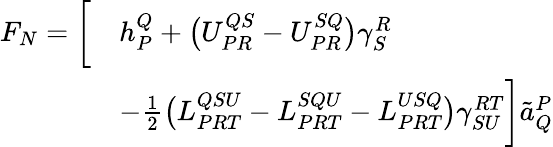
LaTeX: \begin{array}{rl}{F_{N}=\bigg[}&{h_{P}^{Q}+\big(U_{PR}^{QS}-U_{PR}^{SQ}\big)\gamma_{S}^{R}}\\ &{-\frac{1}{2}\big(L_{PRT}^{QSU}-L_{PRT}^{SQU}-L_{PRT}^{USQ}\big)\gamma_{SU}^{RT}\bigg]\tilde{a}_{Q}^{P}}\end{array}